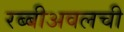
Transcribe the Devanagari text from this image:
रब्बीअवलची